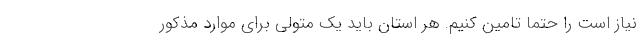
نیاز است را حتما تامین کنیم. هر استان باید یک متولی برای موارد مذکور